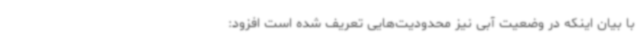
با بیان اینکه در وضعیت آبی نیز محدودیت‌هایی تعریف شده است افزود: